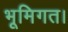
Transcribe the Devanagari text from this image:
भूमिगत।